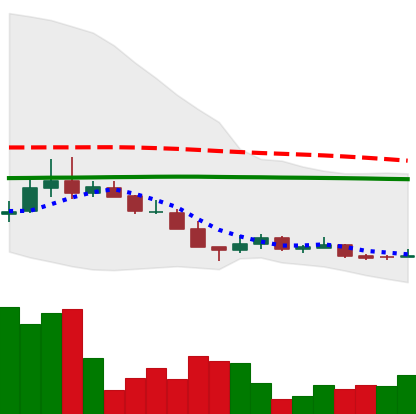
Ticker: LINK-USD
Chart end date: 2018-12-16
Forward return: 44.277%
Label: up_7plus